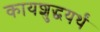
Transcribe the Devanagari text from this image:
कायशुद्धयर्थं